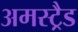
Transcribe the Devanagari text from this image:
अमस्ट्रैड